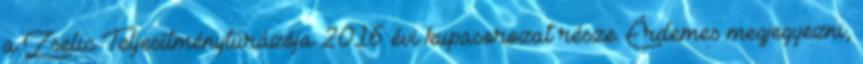
a Zselic Teljesítménytúrázója 2016 évi kupasorozat része. Érdemes megjegyezni,